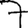
Digit: 7